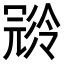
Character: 𠖝